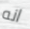
انه